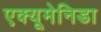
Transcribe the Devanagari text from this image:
एक्यूमेनिडा